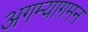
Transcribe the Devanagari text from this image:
अगम्यागमन